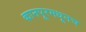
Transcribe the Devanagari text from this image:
कानपूरमधूनच